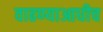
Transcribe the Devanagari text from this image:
वाढण्याआधीच